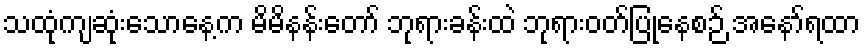
သထုံကျဆုံးသောနေ့က မိမိနန်းတော် ဘုရားခန်းထဲ ဘုရားဝတ်ပြုနေစဉ် အနော်ရထာ